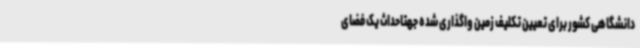
دانشگاهی کشور برای تعیین تکلیف زمین واگذاری شده جهتاحداث یک فضای